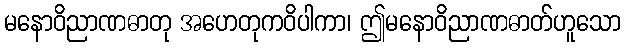
မနောဝိညာဏဓာတု အဟေတုကဝိပါကာ၊ ဤမနောဝိညာဏဓာတ်ဟူသော